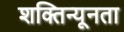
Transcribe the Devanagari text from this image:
शक्तिन्यूनता